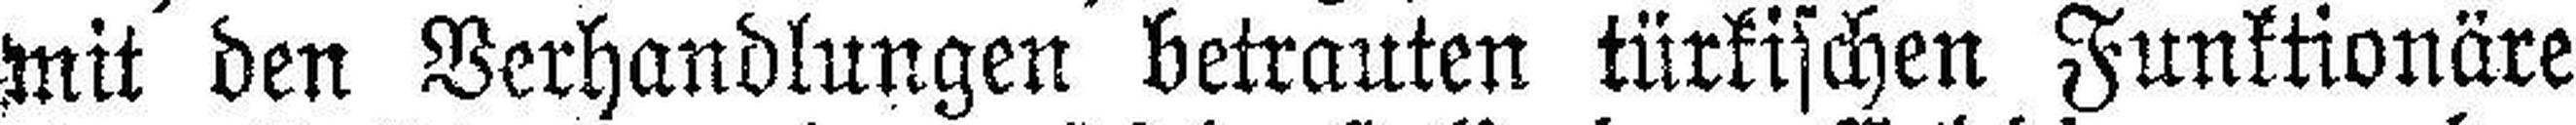
mit den Verhandlungen betrauten türkischen Funktionäre